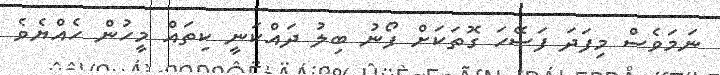
ނަމަވެސް މިފަދަ ފަސޭހަ ގޮތަކަށް ފޯނު ބިލު ދައްކަނީ ކިތައް މީހުން ހެއްޔެވެ